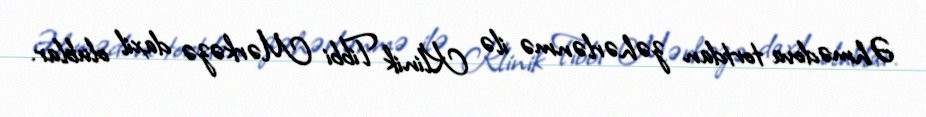
Əhmədova tortdan zəhərlənmə ilə Klinik Tibbi Mərkəzə daxil olublar.